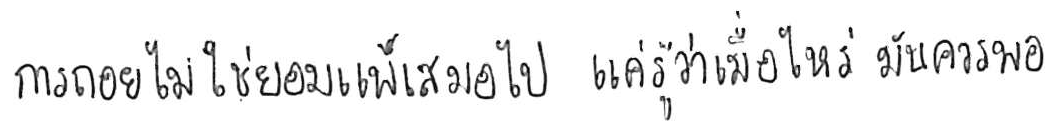
การถอย ไม่ใช่ยอมแพ้ เสมอไป แค่รู้ว่าเมื่อไหร่ มันควรพอ